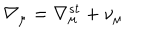
\nabla _ { \mu } = \nabla _ { \mu } ^ { s t } + \nu _ { \mu }